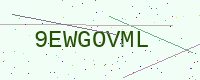
Text: 9EWGOVML